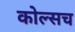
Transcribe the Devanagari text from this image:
कोल्सच